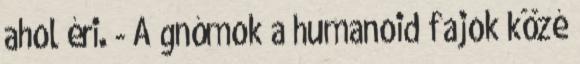
ahol éri. - A gnómok a humanoid fajok közé